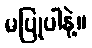
မပြုပါနဲ့။